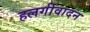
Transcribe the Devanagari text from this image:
हलगीवादन